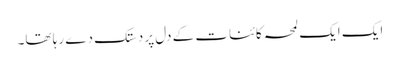
ایک ایک لمحہ کائنات کے دل پر دستک دے رہا تھا۔